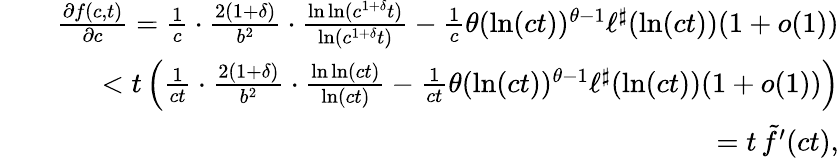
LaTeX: \begin{array}{rlr}&{}&{\frac{\partial f(c,t)}{\partial c}=\frac{1}{c}\cdot\frac{2(1+\delta)}{b^{2}}\cdot\frac{\ln\ln(c^{1+\delta}t)}{\ln(c^{1+\delta}t)}-\frac{1}{c}\theta(\ln(ct))^{\theta-1}\ell^{\sharp}(\ln(ct))(1+o(1))}\\ &{}&{<t\left(\frac{1}{ct}\cdot\frac{2(1+\delta)}{b^{2}}\cdot\frac{\ln\ln(ct)}{\ln(ct)}-\frac{1}{ct}\theta(\ln(ct))^{\theta-1}\ell^{\sharp}(\ln(ct))(1+o(1))\right)}\\ &{}&{=t\, \tilde{f}^{\prime}(ct),}\end{array}